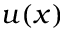
u ( x )